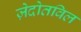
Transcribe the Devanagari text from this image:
ज़ेदोतविल